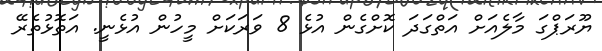
ޔޫރަޕްގަ މާލެއަށް އަތްގަދަ ކޮށްގެން އުޅެ 8 ވަރަކަށް މީހުން އުޅެނީ. އަތޮޅުތެރޭ